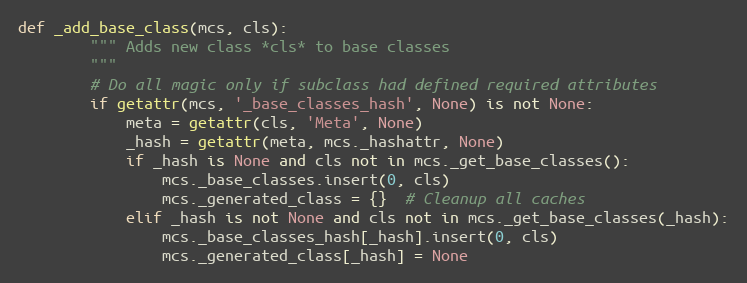
Language: Python
def _add_base_class(mcs, cls):
        """ Adds new class *cls* to base classes
        """
        # Do all magic only if subclass had defined required attributes
        if getattr(mcs, '_base_classes_hash', None) is not None:
            meta = getattr(cls, 'Meta', None)
            _hash = getattr(meta, mcs._hashattr, None)
            if _hash is None and cls not in mcs._get_base_classes():
                mcs._base_classes.insert(0, cls)
                mcs._generated_class = {}  # Cleanup all caches
            elif _hash is not None and cls not in mcs._get_base_classes(_hash):
                mcs._base_classes_hash[_hash].insert(0, cls)
                mcs._generated_class[_hash] = None